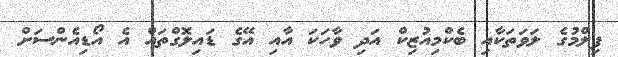
ފިލްމުގެ ލަވަތަކާއި ބެކްމިއުޒިކް އަދި ވާހަކަ އާއި އޭގެ ޑައިލޮގްތައް އެ އޯޑިއެންސަށް